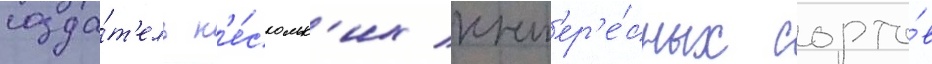
созда́т'ель н'е́скольк'их инт'ер'е́сных сорто́в